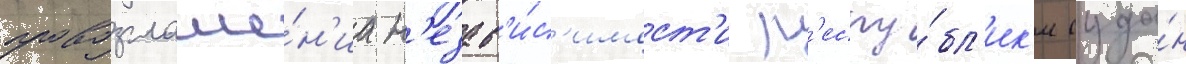
провозглаше́н'иа н'езав'и́с'имост'и р'еспу́бл'ик'и суда́н